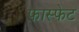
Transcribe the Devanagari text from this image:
फ़ास्फेट